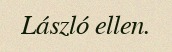
László ellen.